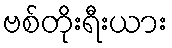
ဗစ်တိုးရီးယား